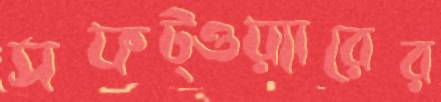
সফট্ওয়্যারের